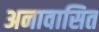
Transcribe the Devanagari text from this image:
अनावासित